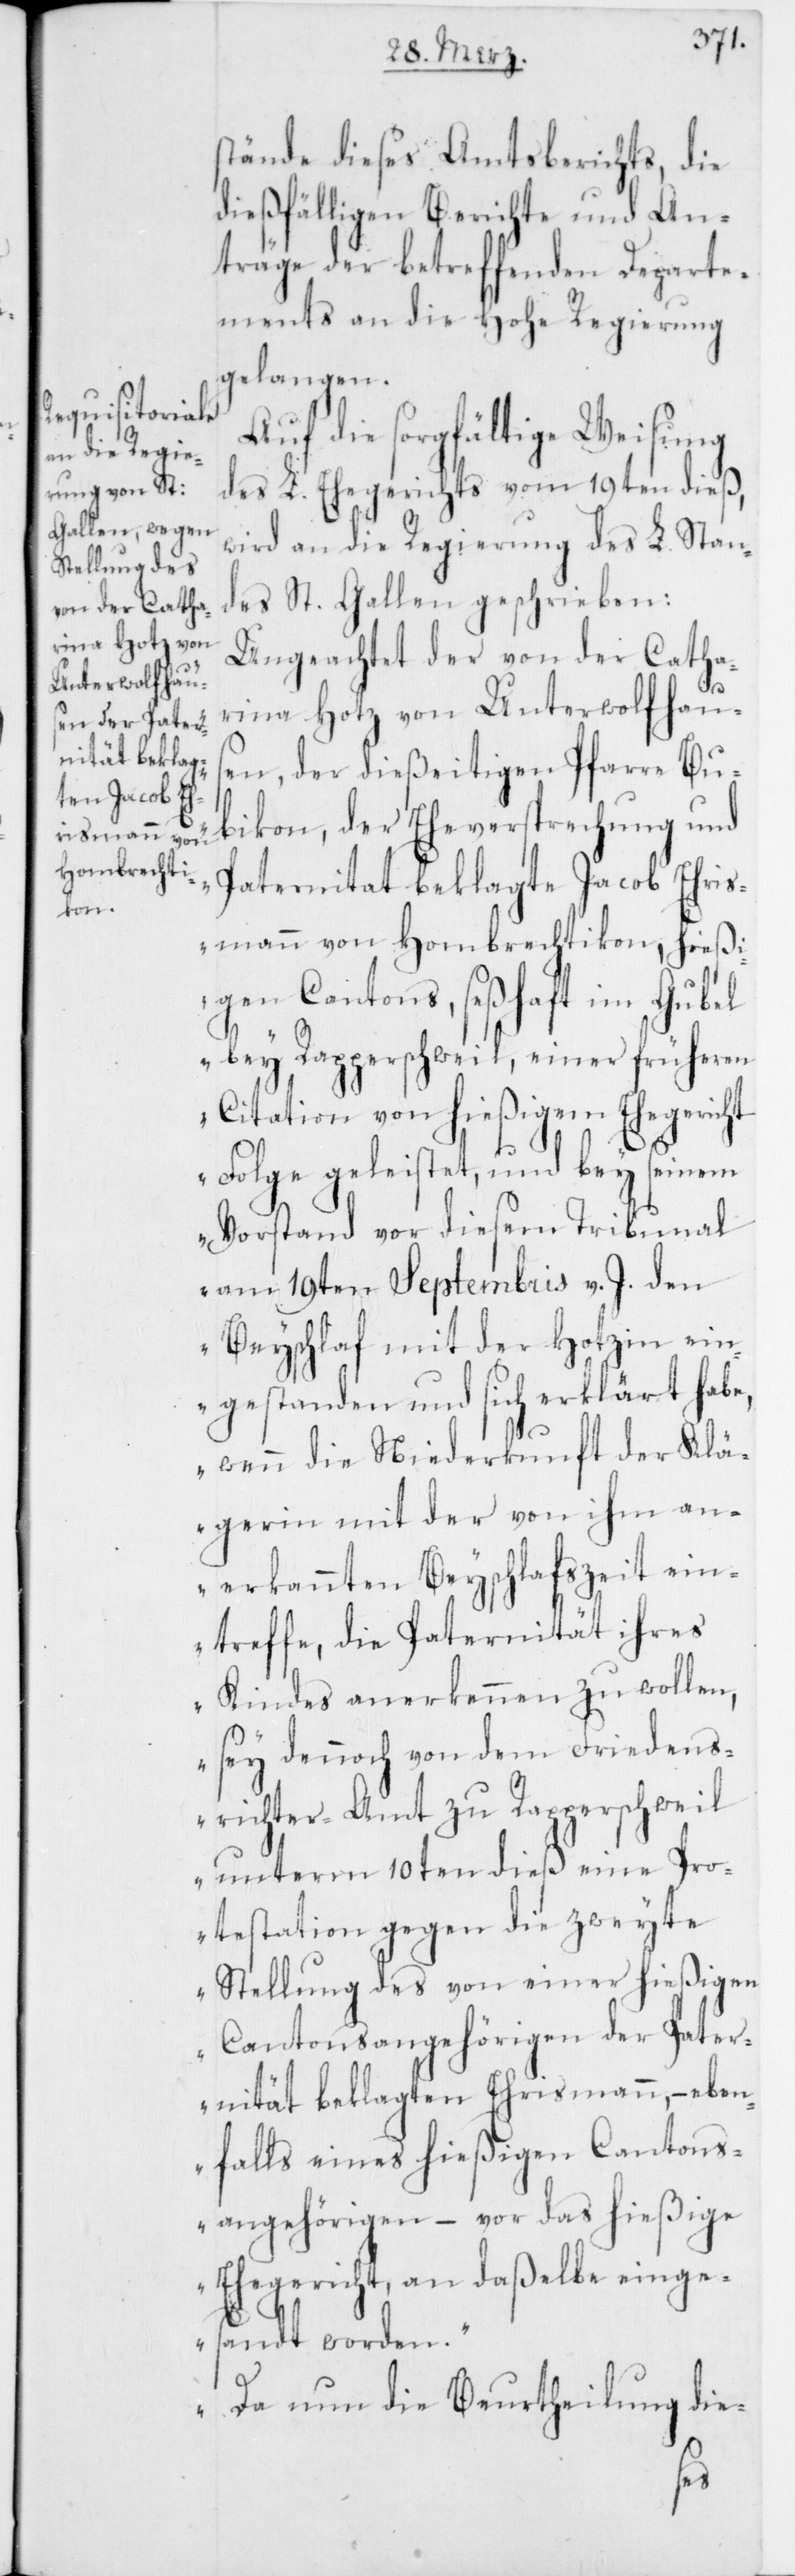
stände dieses Amtsberichts, die
dießfälligen Berichte und An¬
träge der betreffenden Departe¬
ments an die Hohe Regierung
gelangen.
Auf die sorgfältige Weisung
des L. Ehegerichts vom 19ten dieß,
wird an die Regierung es L. Stan¬
des St. Gallen geschrieben:
Ungeachtet der von der Catha¬
rina Hotz von Unterwolfhaus¬
en, der dießeitigen Pfarre Bu¬
bikon, der Eheversprechung und
Paternität beklagte Jacob Ehris¬
mann von Hombrechtikon, hießi¬
gen Cantons, seßhaft im Gubel
bey Rapperschweil, einer früheren
Citation von hießigem Ehegericht
Folge geleistet, und bey seinem
Vorstand vor diesem Tribunal
am 19ten Septembris v. J. den
Beyschlaf mit der Hotzin ein¬
gestanden und sich erklärt hab¬
wenn die Niederkunft der Klä¬
gerin mit der von ihm an¬
erkannten Beyschlafszeit ein¬
treffe, die Paternität ihres
Kindes anerkennen zu wollen,
sey dennoch von dem Friedens¬
richter-Amt zu Rapperschweil
unterm 10ten dieß eine Pro¬
testation gegen die zweyte
Stellung des von einer hießigen
Cantonsangehörigen der Pater¬
nität beklagten Ehrismann, – eben¬
falls eines hießigen Cantons¬
angehörigen – vor das hießige
Ehegericht, an daßelbe einge¬
sandt worden.
Da nun die Beurtheilung die-
e,